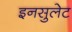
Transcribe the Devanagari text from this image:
इनसुलेट